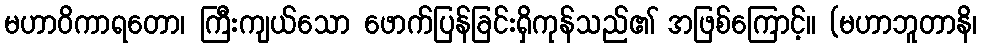
မဟာဝိကာရတော၊ ကြီးကျယ်သော ဖောက်ပြန်ခြင်းရှိကုန်သည်၏ အဖြစ်ကြောင့်။ (မဟာဘူတာနိ၊